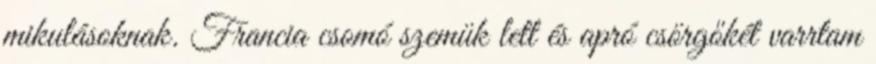
mikulásoknak. Francia csomó szemük lett és apró csörgőkét varrtam